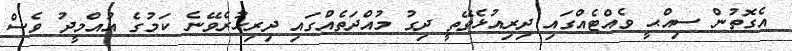
އެގޮތުން ސިއްޙީ ވެއްޓެއްގައި ދިރިއުޅެވޭތީ ދިގު މުއްދަތެއްގައި ދިރިހުރެވޭނެ ކަމުގެ އުއްމީދު ވެސް